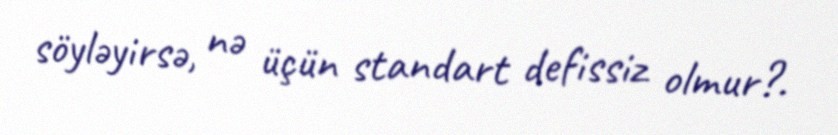
söyləyirsə, nə üçün standart defissiz olmur?.